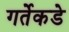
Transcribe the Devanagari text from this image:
गर्तेकडे